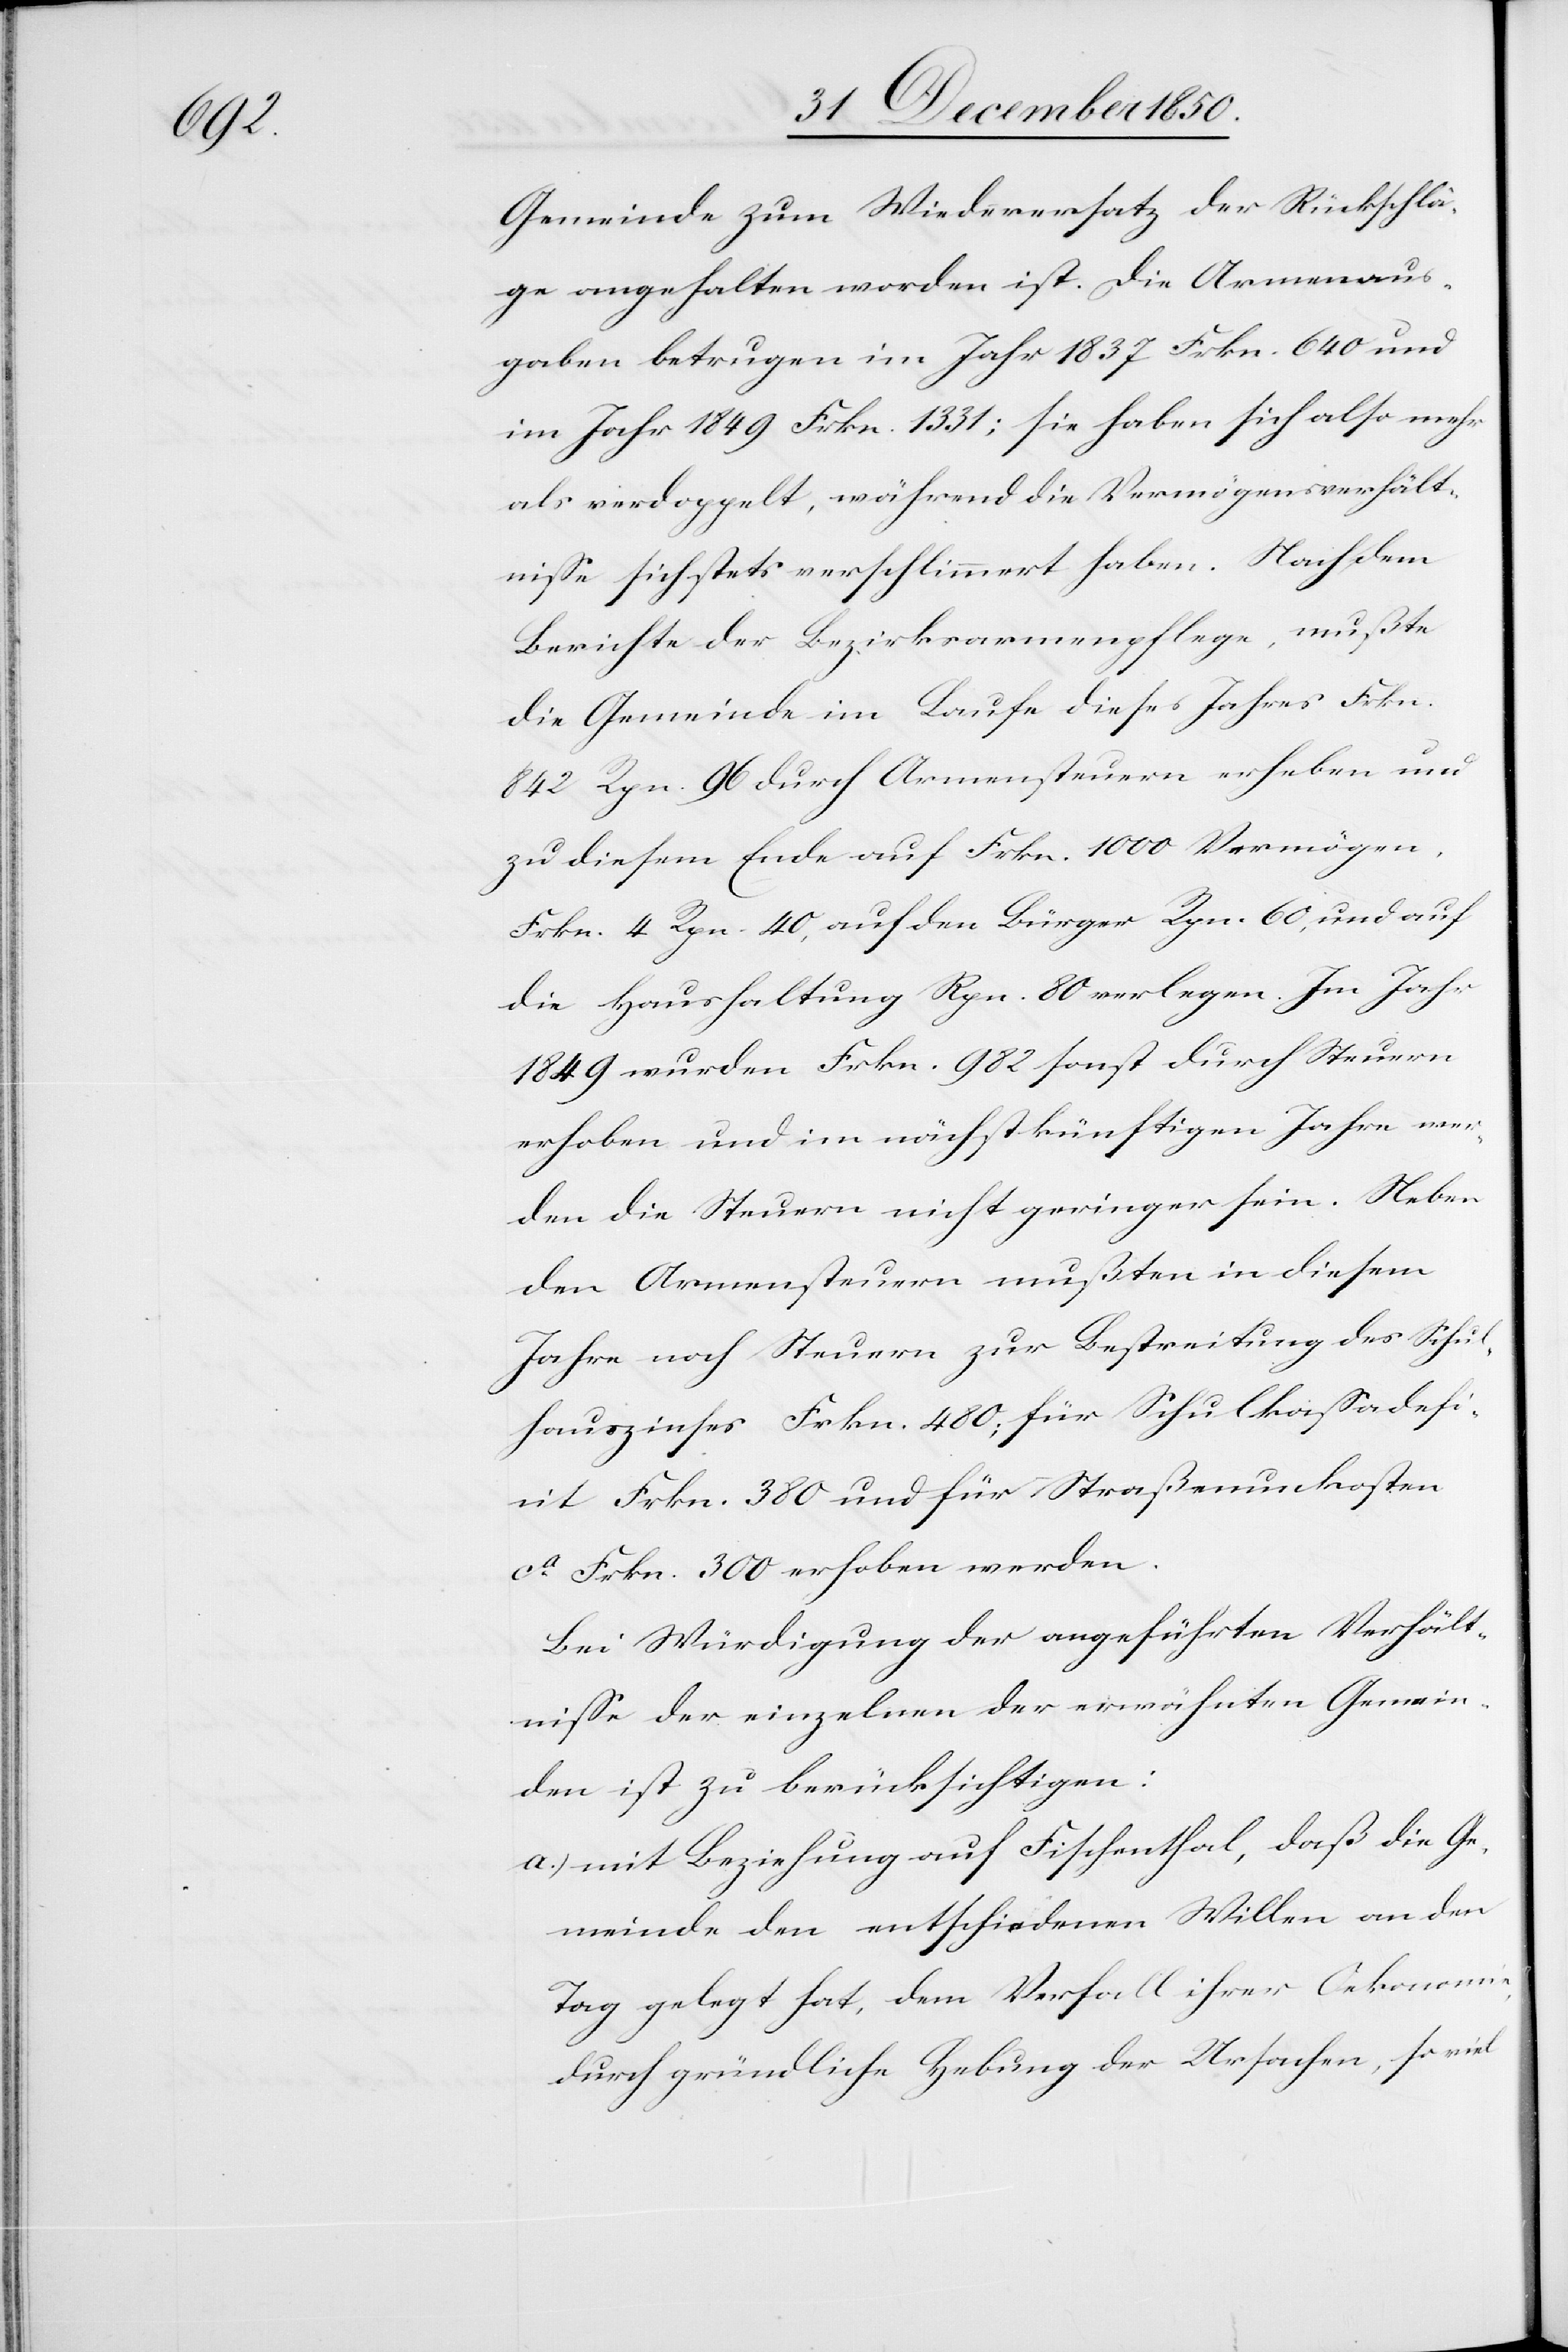
Gemeinde zum Wiederersatz der Rückschlä¬
ge angehalten worden ist. Die Armenaus¬
gaben betrugen im Jahr 1837 Frkn. 640 und
im Jahr 1849 Frkn. 1331; sie haben sich also mehr
als verdoppelt, während die Vermögensverhält¬
nisse sich stets verschlimmert haben. Nach dem
Berichte der Bezirksarmenpflege, mußte
die Gemeinde im Laufe diese Jahres Frkn.
842 Rpn. 96 durch Armensteuern erheben und
zu diesem Ende auf Frkn. 1000 Vermögen,
Frkn. 4 Rpn 40, auf den Bürger Rpn. 60, und auf
die Haushaltung Rpn. 80 verlegen. Im Jahr
1849 wurden Frkn. 982 sonst durch Steuern
erhoben und im nächstkünftigen Jahre wer¬
den die Steuern nicht geringer sein. Neben
den Armensteuern mußten in diesem
Jahre noch Steuern zur Bestreitung des Schul¬
hauszinses Frkn. 480; für Schulkassadefic¬
it Frkn. 380 und für Straßenunkosten
ca Frkn. 300 erhoben werden.
Bei Würdigung der angeführten Verhält¬
nisse der einzelnen der erwähnten Gemein¬
den ist zu berücksichtigen:
a.) mit Beziehung auf Fischenthal, daß die Ge¬
meinde den entschiedenen Willen an den
Tag gelegt hat, dem Verfall ihrer Oekonomie,
durch gründliche Hebung der Ursachen, so viel